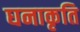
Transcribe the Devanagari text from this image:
घनाकृति